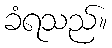
ခံရသည်။